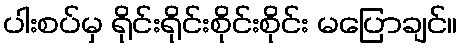
ပါးစပ်မှ ရိုင်းရိုင်းစိုင်းစိုင်း မပြောချင်။